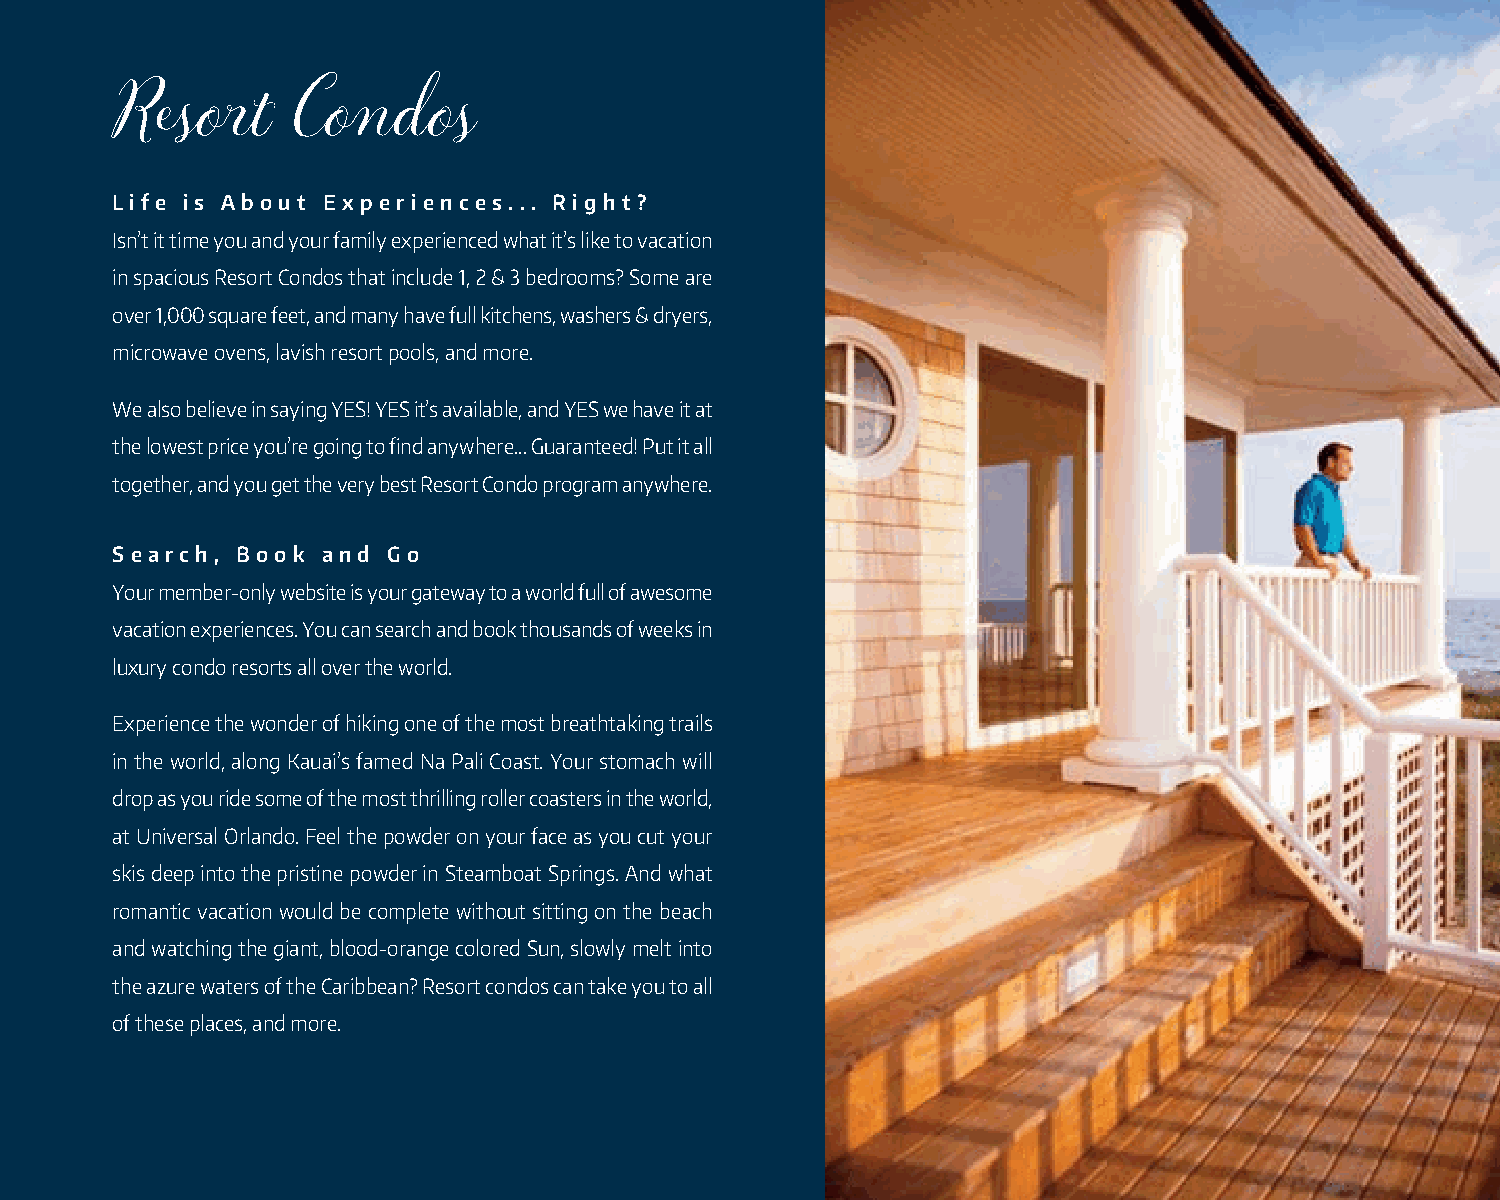
Resort      Condos
 Life is About Experi ences... Right?
 Isn’t it time you and your family experienced what it’s like to vacation
 in spacious Resort Condos that include 1, 2 & 3 bedrooms? Some are
 over 1,000 square feet, and many have full kitchens, washers & dryers,
 microwave ovens, lavish resort pools, and more.
 We also believe in saying YES! YES it’s available, and YES we have it at
 the lowest price you’re going to find anywhere... Guaranteed! Put it all
 together, and you get the very best Resort Condo program anywhere.
 Search, Bo ok and Go
 Your member-only website is your gateway to a world full of awesome
 vacation experiences. You can search and book thousands of weeks in
 luxury condo resorts all over the world.
 Experience the wonder of hiking one of the most breathtaking trails
 in the world, along Kauai’s famed Na Pali Coast. Your stomach will
 drop as you ride some of the most thrilling roller coasters in the world,
 at Universal Orlando. Feel the powder on your face as you cut your
 skis deep into the pristine powder in Steamboat Springs. And what
 romantic vacation would be complete without sitting on the beach
 and watching the giant, blood-orange colored Sun, slowly melt into
 the azure waters of the Caribbean? Resort condos can take you to all
 of these places, and more.